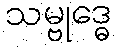
သမ္ဗုဒ္ဓေ